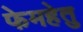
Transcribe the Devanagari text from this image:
फेमहेतु